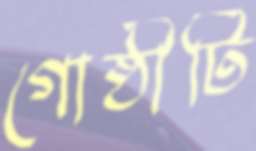
গোষ্ঠীটি